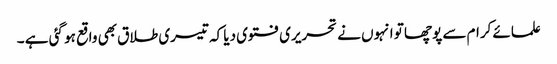
علمائے کرام سے پوچھا تو انہوں نے تحریری فتوی دیا کہ تیسری طلاق بھی واقع ہو گئی ہے ۔